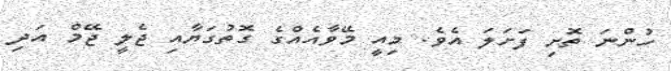
ހުންނަ ތޮށި ފަށަލަ އެވެ. މިއީ މޭވާއެއްގެ ގޮތުގަޔާއި ޖެލީ ޖޭމް އަދި